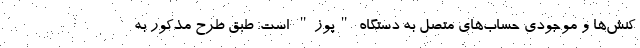
کنش‌ها و موجودی حساب‌های متصل به دستگاه "پوز" است. طبق طرح مذکور به